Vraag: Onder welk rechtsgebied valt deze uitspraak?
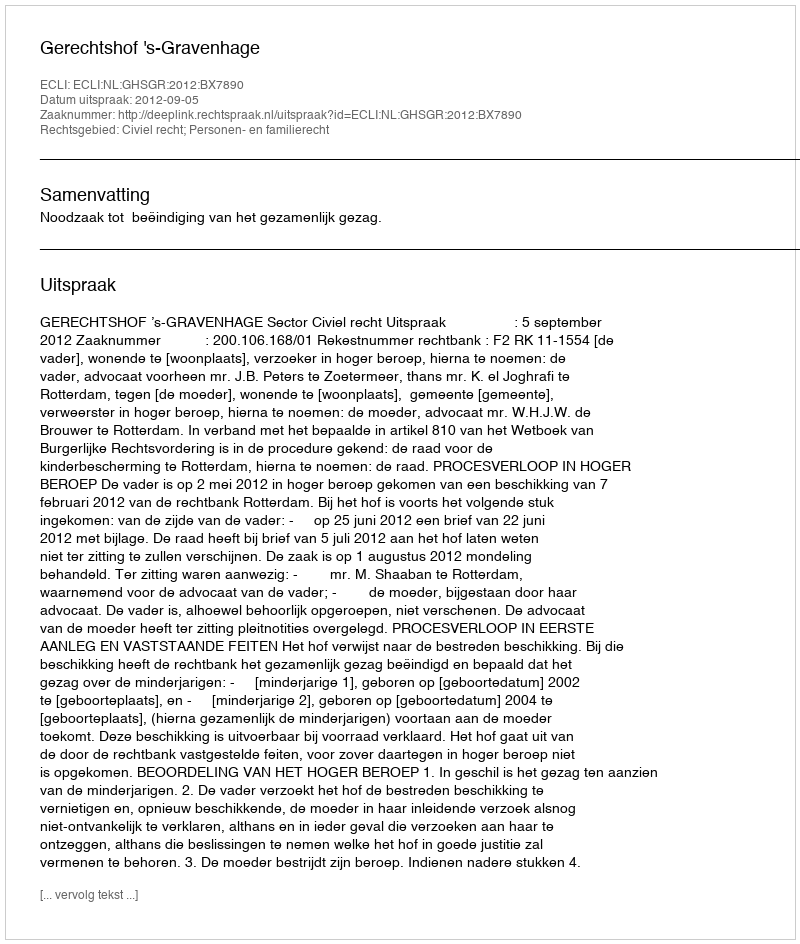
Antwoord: Civiel recht; Personen- en familierecht